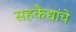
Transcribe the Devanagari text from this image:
सहकैद्यांचे